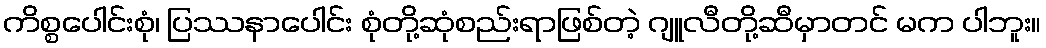
ကိစ္စပေါင်းစုံ၊ ပြဿနာပေါင်း စုံတို့ဆုံစည်းရာဖြစ်တဲ့ ဂျူလီတို့ဆီမှာတင် မက ပါဘူး။